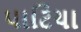
પાટિયા